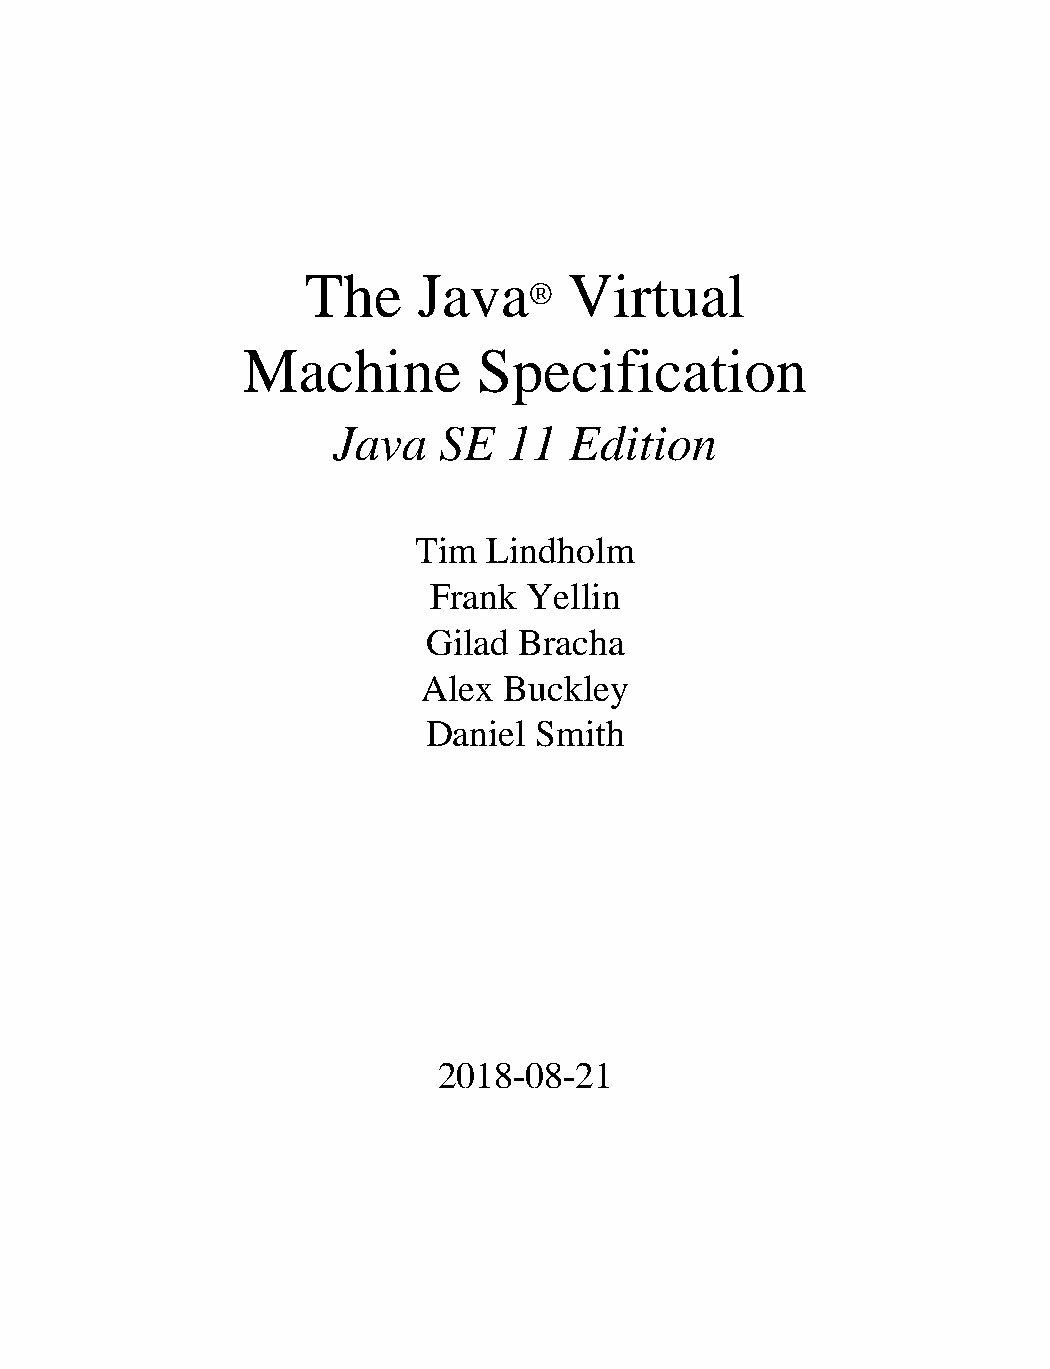
The     Java      Virtual
 ®
 Machine         Specification
 Java   SE   11  Edition
 Tim  Lindholm
 Frank  Yellin
 Gilad Bracha
 Alex Buckley
 Daniel Smith
 2018-08-21